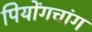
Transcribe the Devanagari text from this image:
पियोंगचांग